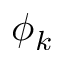
\phi _ { k }